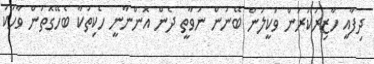
ދިފާއީ ހާޒިރުކުރަން ވަކީލުން ބޭނުން ނުވާތީ ދެން އޮންނާނީ ހެކިތަކާ ބެހޭގޮތުން ވާހަކަ